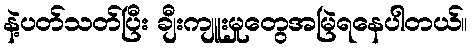
နဲ့ပတ်သတ်ပြီး ချီးကျူးမှုတွေအမြဲရနေပါတယ်။